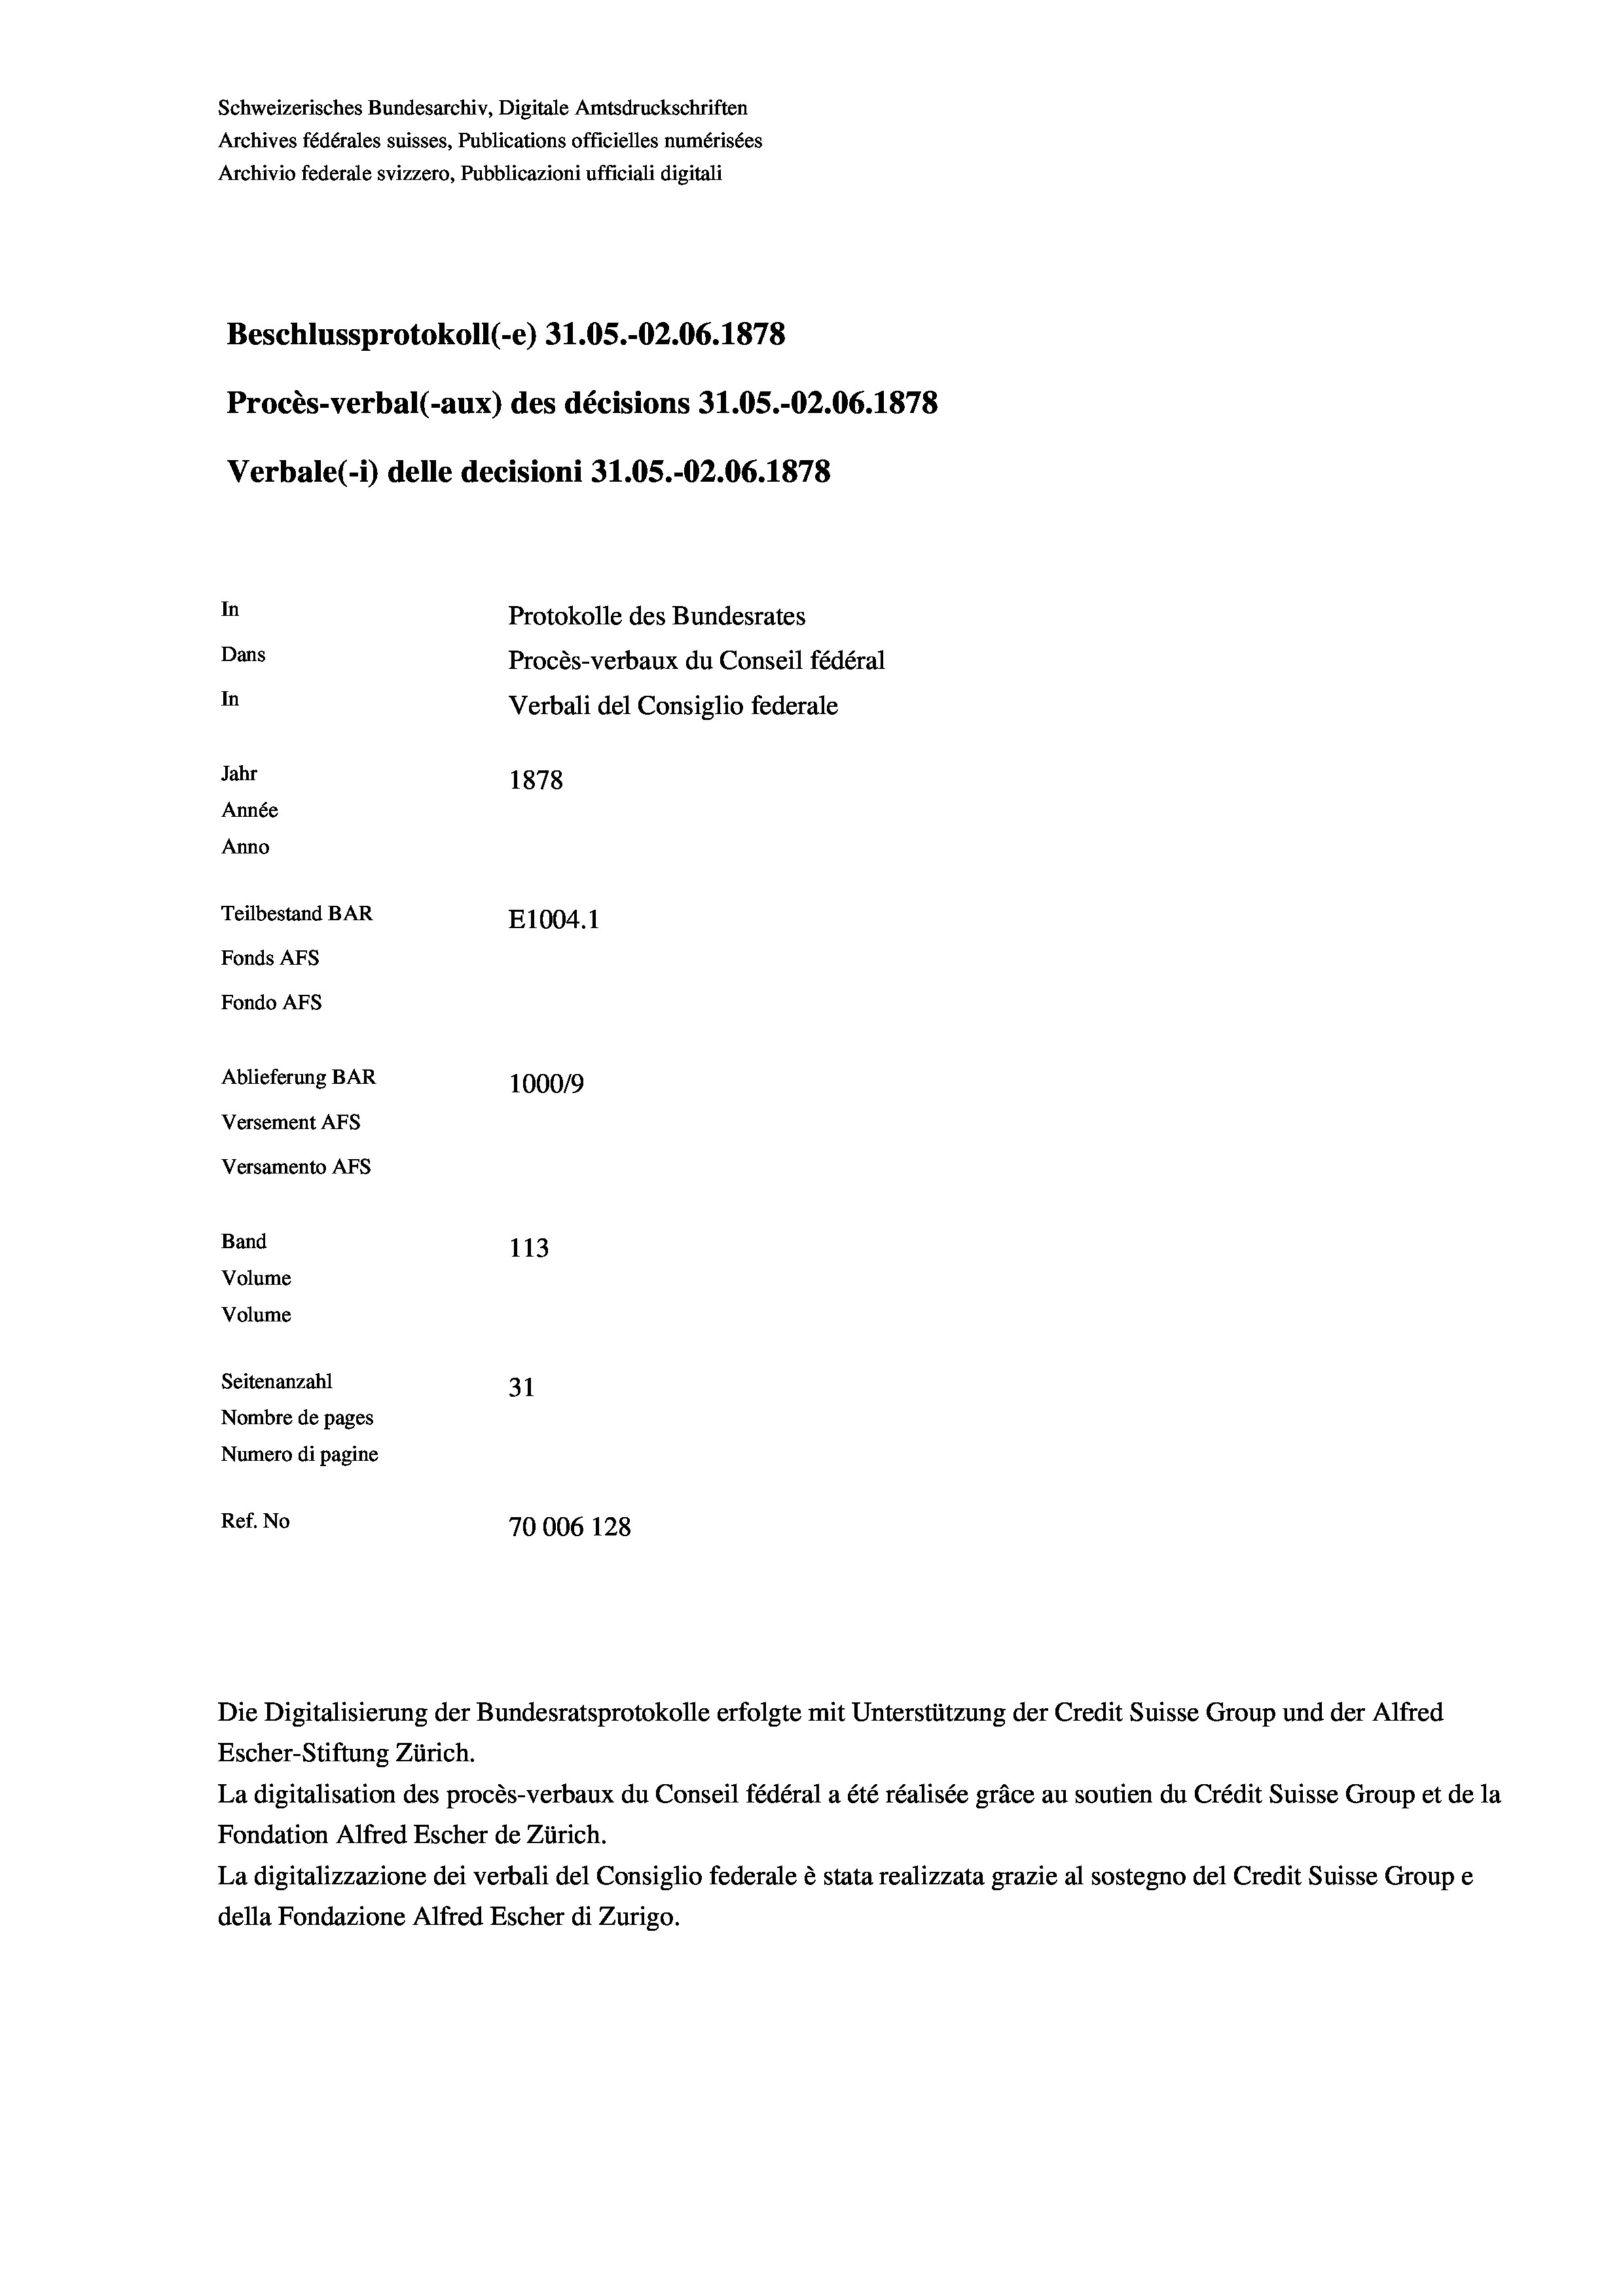
Schweizerisches Bundesarchiv, Digitale Amtsdruckschriften
Archives fédérales suisses, Publications officielles numérisées
Archivio federale svizzero, Pubblicazioni ufficiali digitali
Beschlussprotokoll (e) 31.05.-O2.06. 1878
Procès-verbal (-aux) des décisions 31.05.-O2.06. 1878
Verbale (- 1) delle decisioni 31.05.-O2.06. 1878
In
Protokolle des Bundesrates
Dans
Procès-verbaux du Conseil fédéral
In
Verbali del Consiglio federale
Jahr
1878
Année
Anno
Teilbestand BAR
E1004. 1
Fonds AFs
Fondo Afs
Ablieferung BAR
100019
Versement AFs
Versamento AFs
Band
113
Volume
Volume
Seitenanzahl
31
Nombre de pages
Numero di pagine
Ref. No
70006 128

La digitalisation des procès-verbaux du Conseil fédéral a été réalisée gräce au soutien du Crédit Suisse Group et de la
Fondation Alfred Escher de Zürich.
La digitalizzazione dei verbali del Consiglio federale è stata realizzata grazie al sostegno del Credit Suisse Groupe
della Fondazione Alfred Escher di Zurigo.

Die Digitalisierung der Bundesratsprotokolle erfolgte mit Unterstützung der Credit Suisse Group und der Alfred
Escher-Stiftung Zürich.